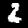
Label: 2